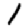
Digit: 1